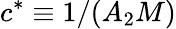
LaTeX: c^{*}\equiv 1/(A_{2}M)